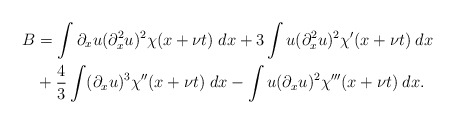
\begin{align*}B&= \int \partial_xu(\partial_x^2u)^2 \chi(x+\nu t) \; dx + 3 \int u(\partial_x^2u)^2 \chi'(x+\nu t) \; dx \\&+ \frac43 \int (\partial_xu)^3 \chi''(x+\nu t) \; dx- \int u(\partial_xu)^2\chi'''(x+\nu t) \; dx.\end{align*}